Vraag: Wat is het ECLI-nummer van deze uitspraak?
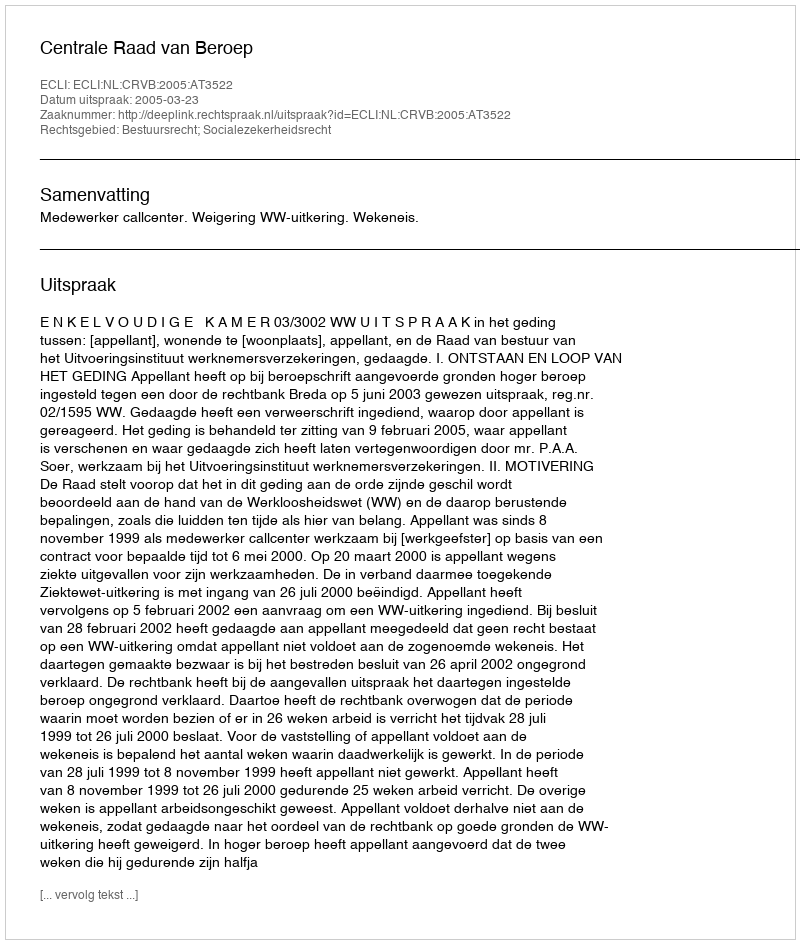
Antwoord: ECLI:NL:CRVB:2005:AT3522